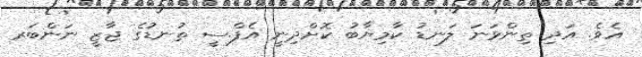
އެވެ. އަދި ތިންވަނަ ލަނޑު ކާމިޔާބު ކޮށްދިނީ އެފް.ސީ ތުނޑުގެ ޖާޒީ ނަންބަރ